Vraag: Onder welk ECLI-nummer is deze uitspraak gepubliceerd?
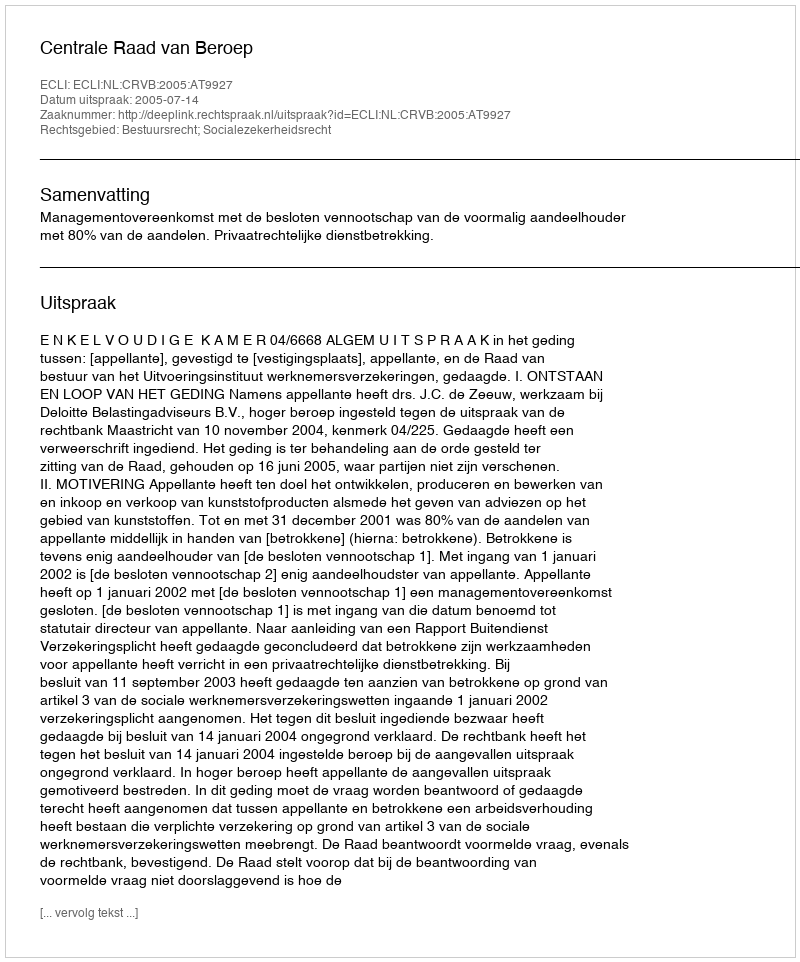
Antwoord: ECLI:NL:CRVB:2005:AT9927